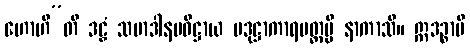
ဟောဟီ”တိ ဒဠှံ သမာဒါနမဓိဋ္ဌာယ ပဒုဋ္ဌာကာရမတ္တမ္ပိ နာကာသိ။ ဣဒဉ္စာပိ